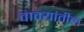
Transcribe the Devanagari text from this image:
वाक्यांतील